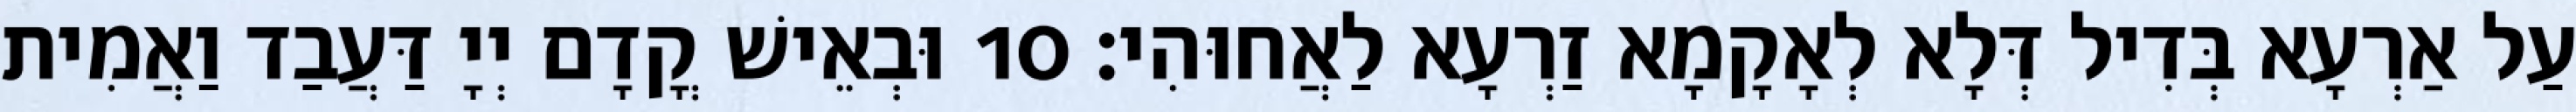
עַל אַרְעָא בְּדִיל דְּלָא לְאָקָמָא זַרְעָא לַאֲחוּהִי׃ 10 וּבְאֵישׁ קֳדָם יְיָ דַּעֲבַד וַאֲמִית